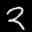
Label: 2